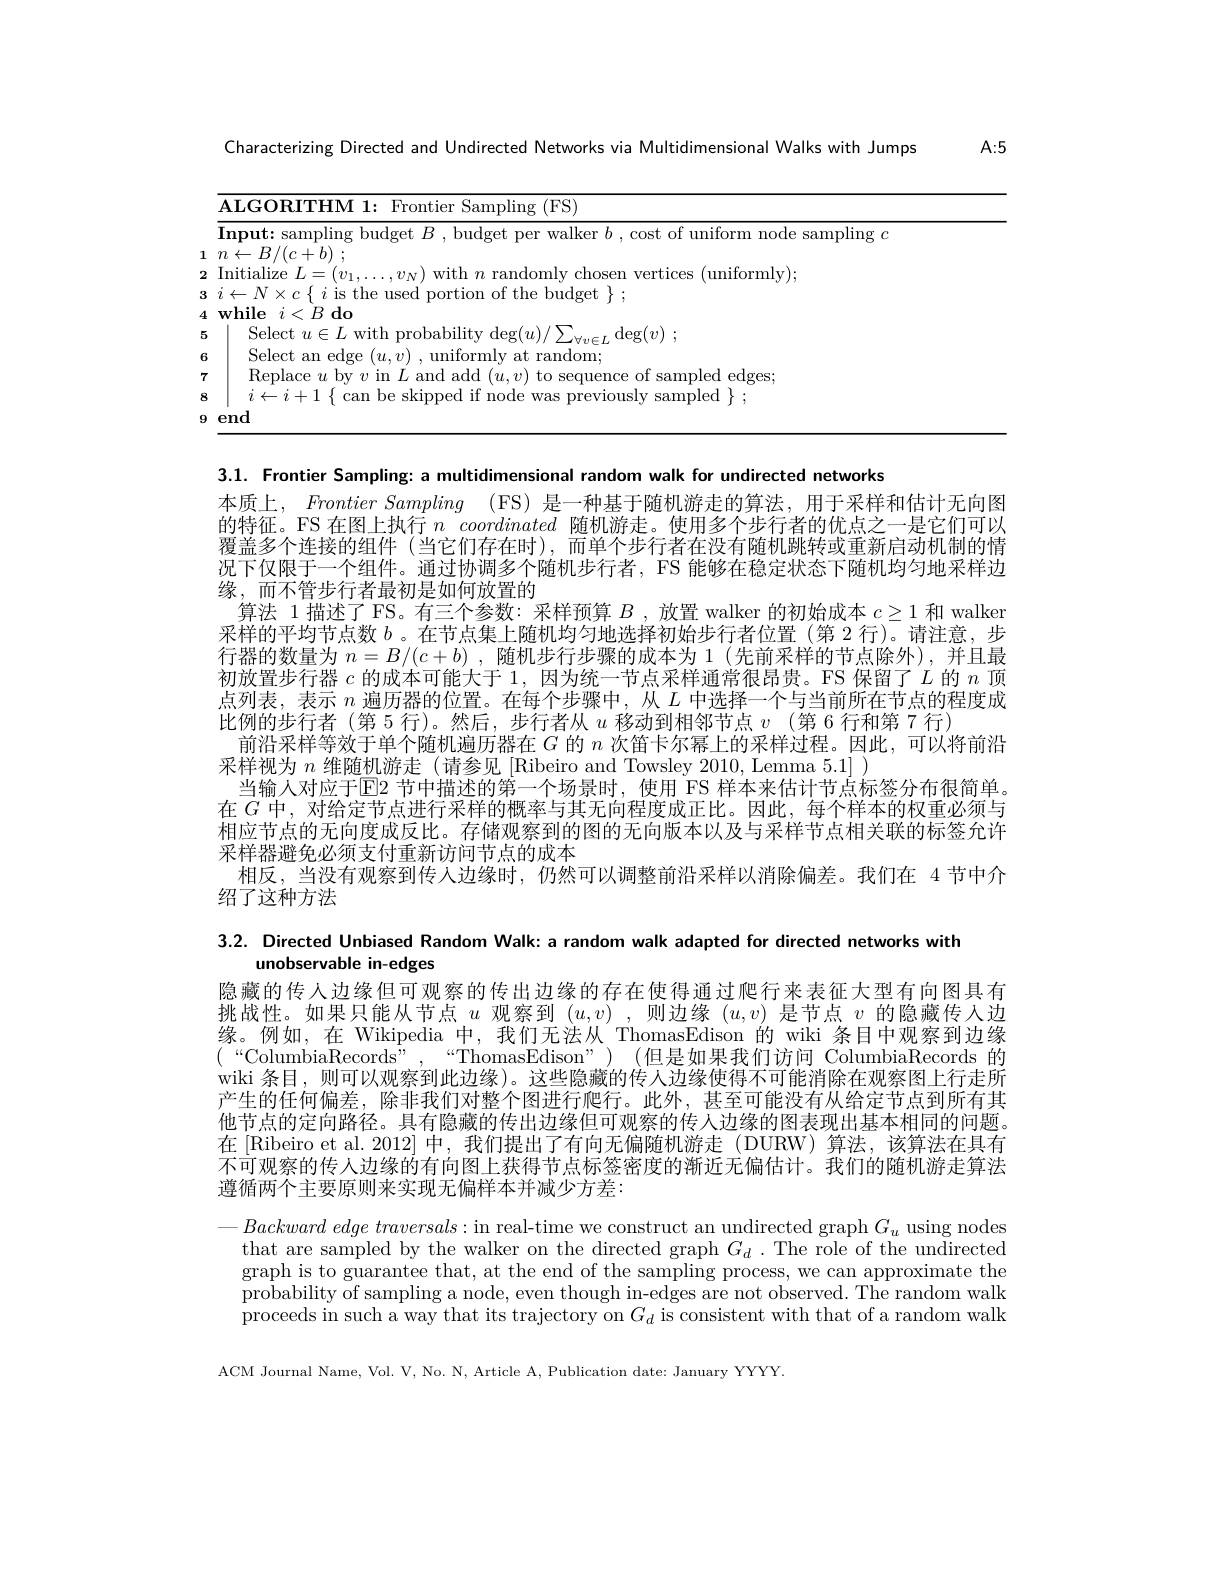
$A:5$

Characterizing Directed and Undirected Networks via Multidimensional Walks with Jumps

<table>
	<tbody>
		<tr>
			<td>$\mathbf{ALGORITHM1:F}$ Frontier Sampling (FS)</td>
		</tr>
		<tr>
			<td>Initialize $L=$ $U1.$ $\cdots,v_{N})$with mly chosen ertlces ( unı tormly) :1 $i\leftarrow N\times c\left\{\begin{array}{c}{i\text{ is the used portion of the budget}}\\\end{array}\right\};$</td>
		</tr>
		<tr>
			<td>Select $u\in I$,with r $\operatorname{\text{nrobabilitv deg}(u}$ $\operatorname { deg} ( v)$ .</td>
		</tr>
		<tr>
			<td>Select an edge random</td>
		</tr>
		<tr>
			<td>Renlace $\eta$ hw $\eta$ in $L$ and ado of sampled edges</td>
		</tr>
		<tr>
			<td>samnled</td>
		</tr>
		<tr>
			<td>end</td>
		</tr>
	</tbody>
</table>

3.1. Frontier Sampling: a multidimensional random walk for undirected networks
本质上，FrontierSampling ( FS) 是一种基于随机游走的算法，用于采样和估计无向图的特征。FS 在图上执行$n$ coordinated随机游走。使用多个步行者的优点之一是它们可以覆盖多个连接的组件 (当它们存在时),而单个步行者在没有随机跳转或重新启动机制的情况下仅限于一个组件。通过协调多个随机步行者，FS 能够在稳定状态下随机均匀地采样边缘，而不管步行者最初是如何放置的
算法 1 描述了 FS。有三个参数：采样预算$B$ ,放置 walker 的初始成本$c\geq1$和 walken 采样的平均节点数$b$ 。在节点集上随机均匀地选择初始步行者位置(第 2 行)。请注意，步行器的数量为$n=B/(c+b)$ ,随机步行步骤的成本为 1 (先前采样的节点除外),并且最初放置步行器$c$的成本可能大于 1, 因为统一节点采样通常很昂贵。FS 保留了$L$的$n$顶点列表，表示$n$遍历器的位置。在每个步骤中，从$L$中选择一个与当前所在节点的程度成比例的步行者 (第 5 行)。然后，步行者从$u$移动到相邻节点$v$ (第 6 行和第 7 行)
前沿采样等效于单个随机遍历器在$G$的$n$次笛卡尔幂上的采样过程。因此，可以将前沿
采样视为$n$维随机游走 (请参见 [Ribeiro and Towsley 2010, Lemma 5.1] )
当输人对应于E2 节中描述的第一个场景时，使用 FS 样本来估计节点标签分布很简单。在$G$中，对给定节点进行采样的概率与其无向程度成正比。因此，每个样本的权重必须与相应节点的无向度成反比。存储观察到的图的无向版本以及与采样节点相关联的标签允许采样器避免必须支付重新访问节点的成本
相反，当没有观察到传人边缘时，仍然可以调整前沿采样以消除偏差。我们在 4节中介
绍了这种方法

3.2. Directed Unbiased Random Walk: a random walk adapted for directed networks with

unobservable in-edges
隐藏的传人边缘但可观察的传出边缘的存在使得通过爬行来表征大型有向图具有挑战性。如果只能从节点$u$观察到$( u, v)$ ,则边缘$(u,v)$是节点$v$的隐藏传人边缘。例如，在 Wikipedia 中，我们无法从 ThomasEdison 的 wiki 条目中观察到边缘$$(“$ColumbiaRecords”,“ThomasEdison”)\quad($但是如果我们访问 ColumbiaRecords 的wiki 条目，则可以观察到此边缘)。这些隐藏的传人边缘使得不可能消除在观察图上行走所产生的任何偏差，除非我们对整个图进行爬行。此外，甚至可能没有从给定节点到所有其他节点的定向路径。具有隐藏的传出边缘但可观察的传人边缘的图表现出基本相同的问题。在 [Ribeiro et al. 2012] 中，我们提出了有向无偏随机游走 (DURW) 算法，该算法在具有不可观察的传人边缘的有向图上获得节点标签密度的渐近无偏估计。我们的随机游走算法遵循两个主要原则来实现无偏样本并减少方差：

$— Backward\textit{ edge traversals: in real- time we construct an undirected graph }G_u$ using nodes
that are sampled by the walker on the directed graph $G_d.$ The role of the undirected graph is to guarantee that, at the end of the sampling process, we can approximate the probability of sampling a node, even though in-edges are not observed. The random walk proceeds in such a way that its trajectory on $G_d$ is consistent with that of a random walk

ACM Journal Name, Vol. V, No. N, Article A, Publication date: January YYYY.